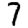
Digit: 7